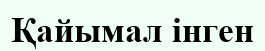
Қайымал інген